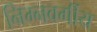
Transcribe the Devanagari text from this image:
निम्‍नवर्गीय